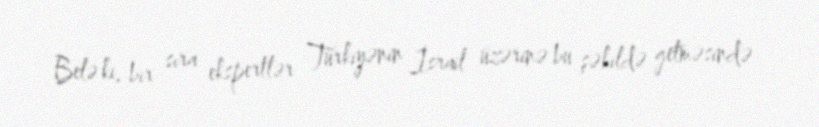
Belə ki, bir sıra ekspertlər Türkiyənin İsrail üzərinə bu şəkildə getməsində